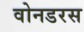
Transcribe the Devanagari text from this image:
वोनडरस